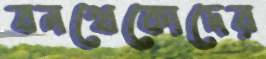
বনখেকোদের